Leaving Certificate Examination (including Day School Certificate (Higher) General paper), 1938
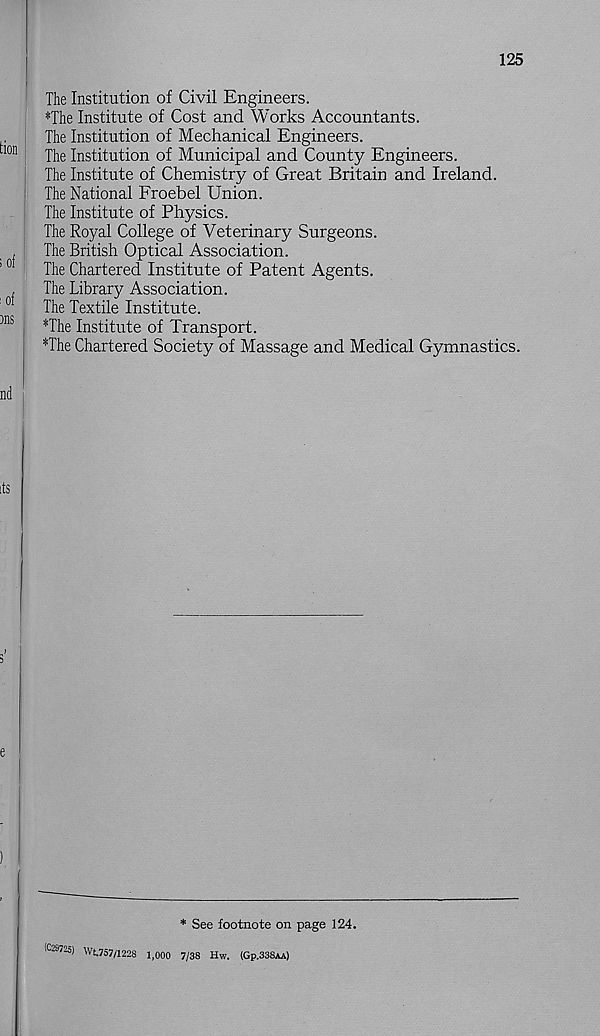
125
The Institution of Civil Engineers.
*The Institute of Cost and Works Accountants.
The Institution of Mechanical Engineers.
The Institution of Municipal and County Engineers.
The Institute of Chemistry of Great Britain and Ireland.
The National Froebel Union.
The Institute of Physics.
The Royal College of Veterinary Surgeons.
The British Optical Association.
The Chartered Institute of Patent Agents.
The Library Association.
The Textile Institute.
*The Institute of Transport.
*The Chartered Society of Massage and Medical Gymnastics.
* See footnote on page 124.
(C29725) Wt.757/1228 1,000 7/38 Hw. (Gp.338AA)